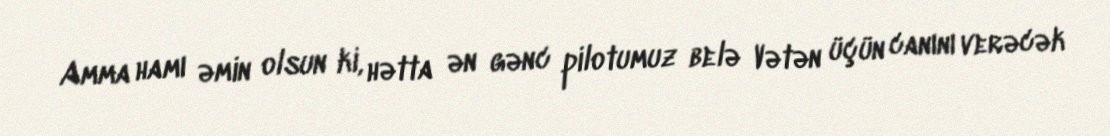
Amma hamı əmin olsun ki, hətta ən gənc pilotumuz belə Vətən üçün canını verəcək